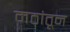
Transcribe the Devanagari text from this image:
मठांतून